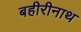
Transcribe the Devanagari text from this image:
बहीरीनाथ